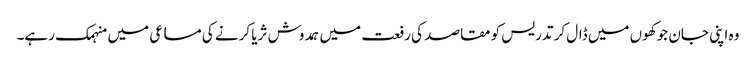
وہ اپنی جان جوکھوں میں ڈال کر تدریس کو مقاصد کی رفعت میں ہمدوش ثریا کرنے کی مساعی میں منہمک رہے۔